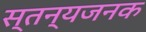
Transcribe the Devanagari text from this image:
स्तन्यजनक